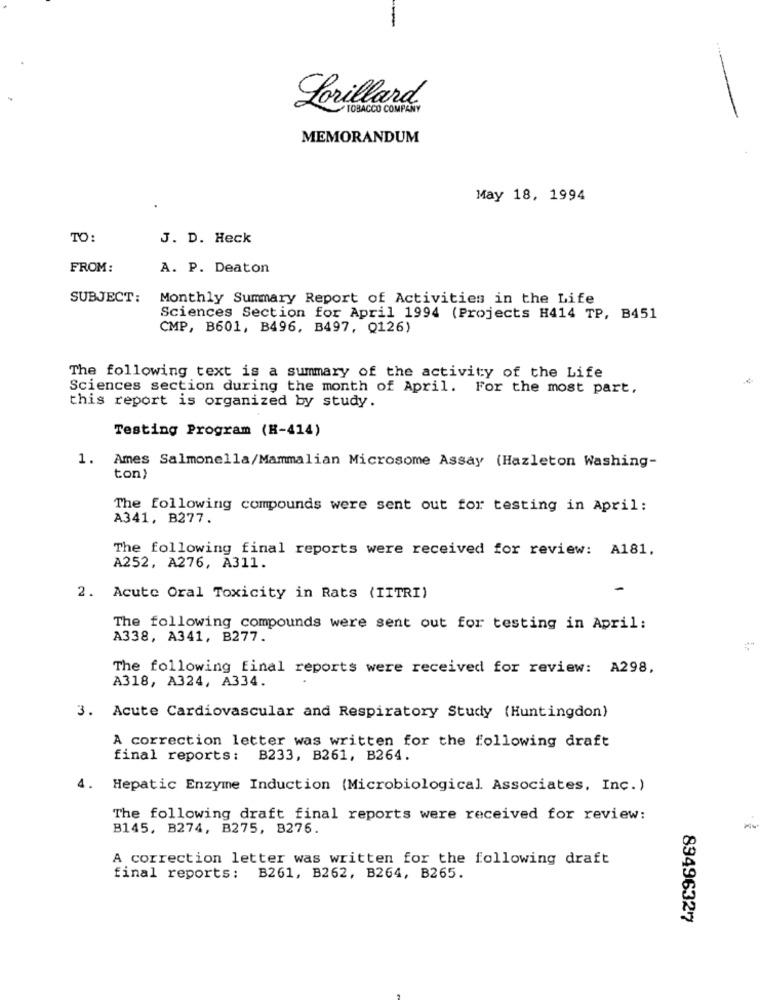
Lorillard
TOBACCO COMPANY
MEMORANDUM
May 18, 1994
TO:
J. D. Heck
FROM:
A. P. Deaton
SUBJECT:
Monthly Summary Report of Activities in the Life
Sciences Section for April 1994 (Projects H414 TP, B451
CMP, B601, B496, B497, Q126)
The following text is a summary of the activity of the Life
Sciences section during the month of April. For the most part,
this report is organized by study.
Testing Program (H-414)
1.
Ames Salmonella/Mammalian Microsome Assay (Hazleton Washing-
ton)
The following compounds were sent out for testing in April:
A341, B277.
The following final reports were received for review: A181.
A252, A276, A311.
2. Acute Oral Toxicity in Rats (IITRI)
The following compounds were sent out for testing in April:
A338, A341, B277.
The following final reports were received for review: A298,
A318, A324, A334.
3. Acute Cardiovascular and Respiratory Study (Huntingdon)
A correction letter was written for the following draft
final reports: B233, B261, B264.
4.
Hepatic Enzyme Induction (Microbiological Associates, Inc.)
The following draft final reports were received for review:
B145, B274, B275, B276.
A correction letter was written for the following draft
final reports: B261, B262, B264, B265.
89496327